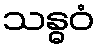
သန္ဓဝံ